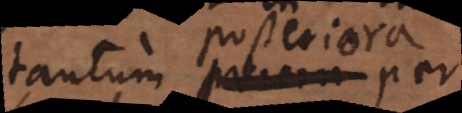
tantum priora per